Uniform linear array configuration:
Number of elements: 8
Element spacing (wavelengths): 0.25
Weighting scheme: kaiser
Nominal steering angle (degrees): -30
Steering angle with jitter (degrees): -30.943
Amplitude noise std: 0.05
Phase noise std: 0.05

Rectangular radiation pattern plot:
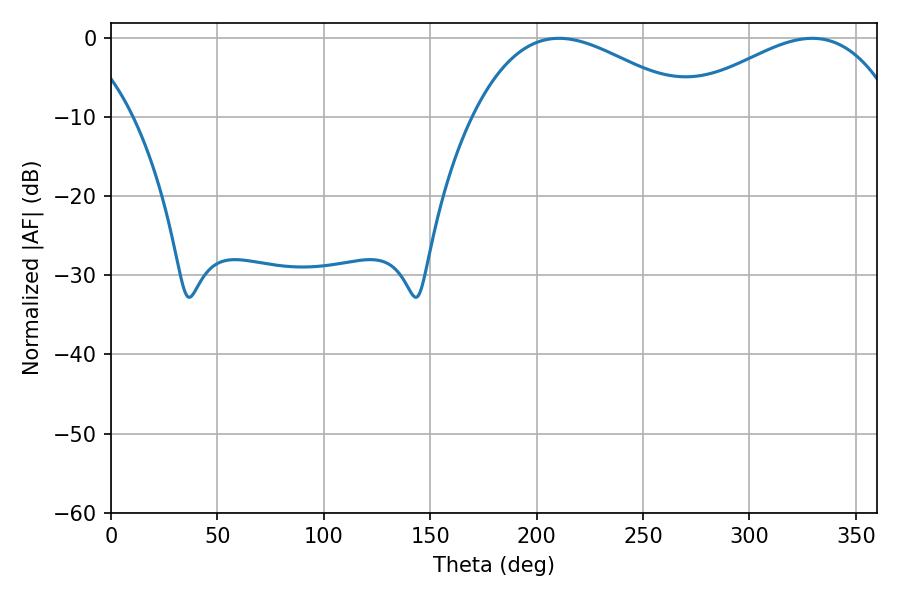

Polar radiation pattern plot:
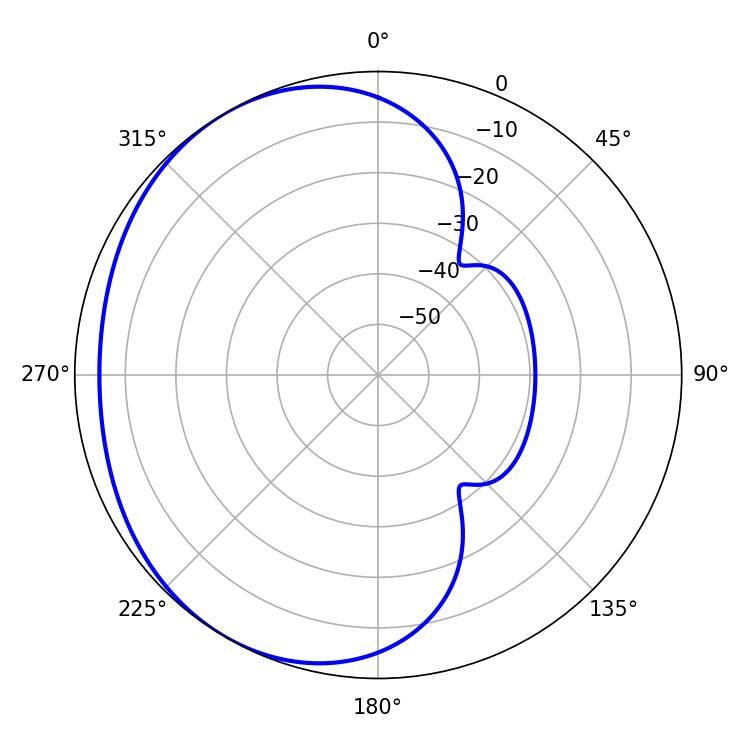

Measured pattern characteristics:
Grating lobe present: FALSE
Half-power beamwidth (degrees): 57.24
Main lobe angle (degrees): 210.42